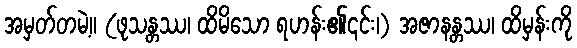
အမှတ်တမဲ့။ (ဖုသန္တဿ၊ ထိမိသော ရဟန်း၏၎င်း၊) အဇာနန္တဿ၊ ထိမှန်းကို